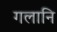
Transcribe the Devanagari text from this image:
गलानि